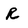
Character: R